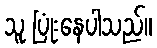
သူ ပြုံးနေပါသည်။